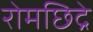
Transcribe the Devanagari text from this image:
रोमछिद्रे